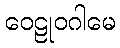
ဝေဠုဝဂါမေ